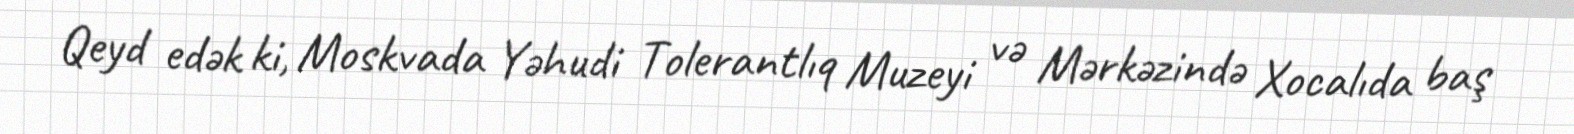
Qeyd edək ki, Moskvada Yəhudi Tolerantlıq Muzeyi və Mərkəzində Xocalıda baş